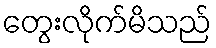
တွေးလိုက်မိသည်